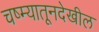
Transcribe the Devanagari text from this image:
चष्म्यातूनदेखील